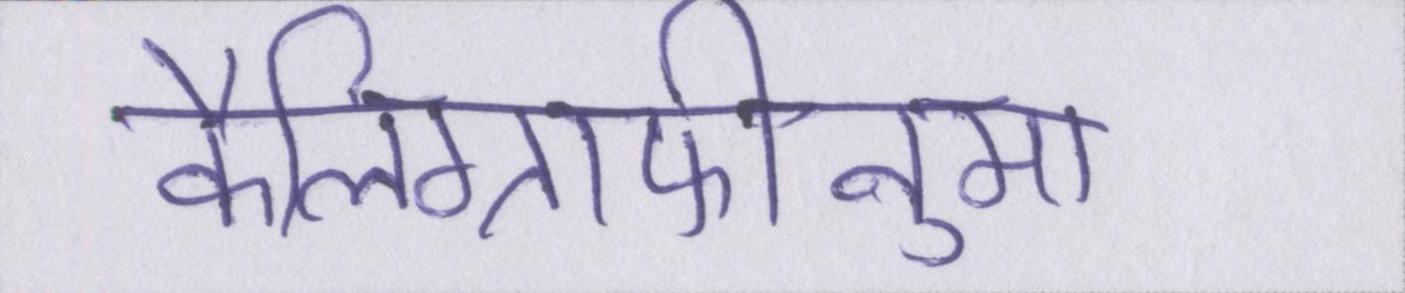
कैलिग्राफीनुमा